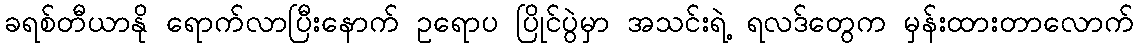
ခရစ်တီယာနို ရောက်လာပြီးနောက် ဥရောပ ပြိုင်ပွဲမှာ အသင်းရဲ့ ရလဒ်တွေက မှန်းထားတာလောက်